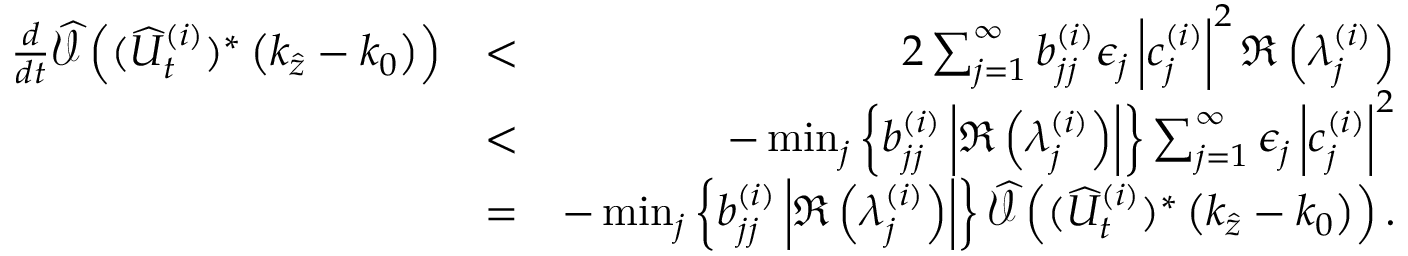
\begin{array} { r l r } { \frac { d } { d t } \widehat { \mathcal { V } } \left( ( \widehat { U } _ { t } ^ { ( i ) } ) ^ { * } \left( k _ { \widehat { z } } - k _ { 0 } \right) \right) } & { < } & { 2 \sum _ { j = 1 } ^ { \infty } b _ { j j } ^ { ( i ) } \epsilon _ { j } \left| c _ { j } ^ { ( i ) } \right| ^ { 2 } \Re \left( \lambda _ { j } ^ { ( i ) } \right) } \\ & { < } & { - \operatorname* { m i n } _ { j } \left\lbrace b _ { j j } ^ { ( i ) } \left| \Re \left( \lambda _ { j } ^ { ( i ) } \right) \right| \right\rbrace \sum _ { j = 1 } ^ { \infty } \epsilon _ { j } \left| c _ { j } ^ { ( i ) } \right| ^ { 2 } } \\ & { = } & { - \operatorname* { m i n } _ { j } \left\lbrace b _ { j j } ^ { ( i ) } \left| \Re \left( \lambda _ { j } ^ { ( i ) } \right) \right| \right\rbrace \widehat { \mathcal { V } } \left( ( \widehat { U } _ { t } ^ { ( i ) } ) ^ { * } \left( k _ { \widehat { z } } - k _ { 0 } \right) \right) . } \end{array}